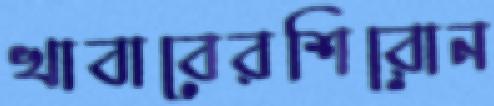
খাবাবেরশিরোন